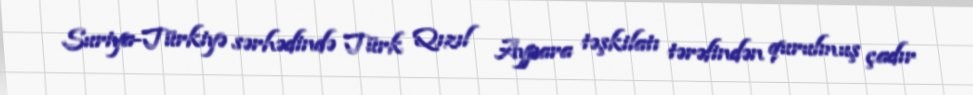
Suriya-Türkiyə sərhədində Türk Qızıl Aypara təşkilatı tərəfindən qurulmuş çadır